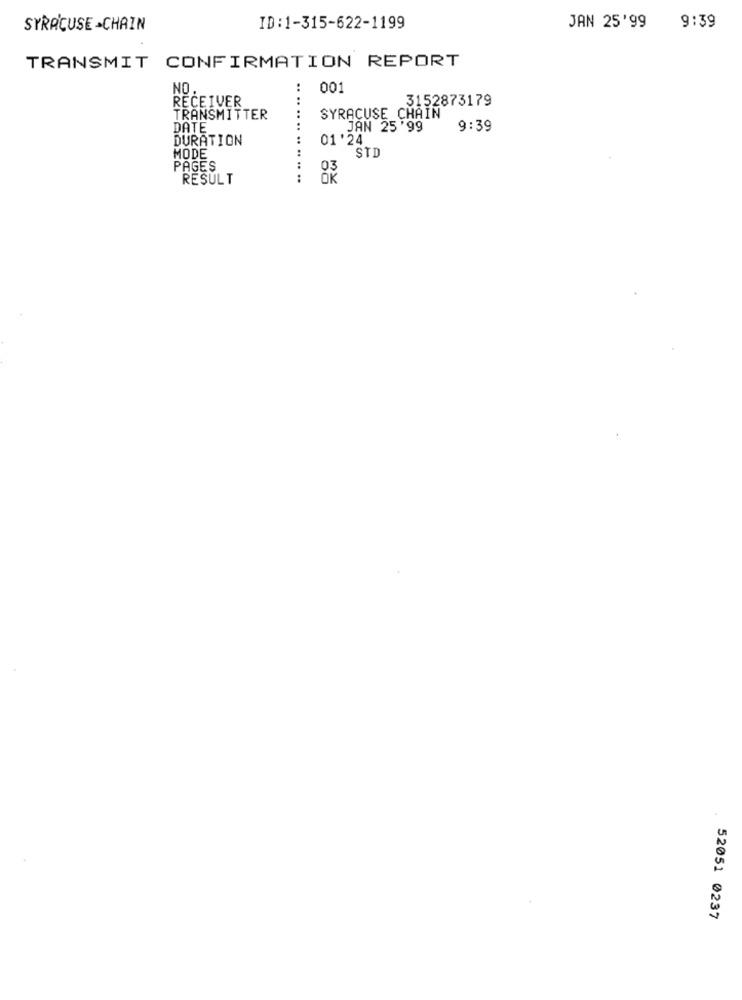
SYRACUSE -CHAIN
ID:1-315-622-1199
JAN 25'99
9:39
TRANSMIT CONFIRMATION REPORT
NO
001
RECEIVER
3152873179
TRANSMITTER
SYRACUSE CHAIN
DATE
JAN 25'99
9:39
DURATION
01'24
STD
MODE
PAGES
RESULT
.. .. .... .. .. .. ..
52051 0237